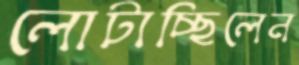
লোটাচ্ছিলেন